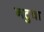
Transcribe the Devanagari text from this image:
नटुवा